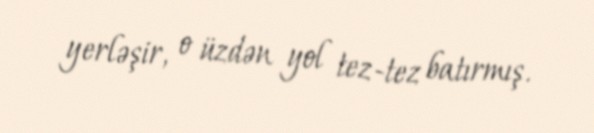
yerləşir, o üzdən yol tez-tez batırmış.